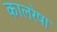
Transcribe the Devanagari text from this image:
कालरेषा